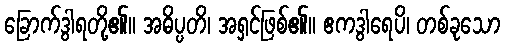
ခြောက်ဒွါရတို့၏။ အဓိပ္ပတိ၊ အရှင်ဖြစ်၏။ ဧကဒွါရေပိ၊ တစ်ခုသော